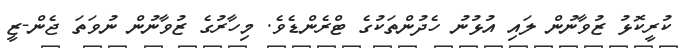
ކުރީކޮޅު ޒުވާނުން ލައި އުޅުނު ހެދުންތަކުގެ ޓްރެންޑެވެ. މިހާރުގެ ޒުވާނުން ނުވަތަ ޖެން-ޒީ